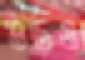
গুঁড়ও